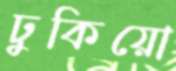
ঢুকিয়ো